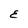
Character: E